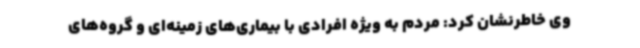
وی خاطرنشان کرد: مردم به ویژه افرادی با بیماری‌های زمینه‌ای و گروه‌های